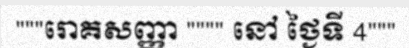
"""រោគសញ្ញា """" នៅ ថ្ងៃទី 4"""